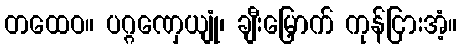
တထေဝ။ ပဂ္ဂဏှေယျုံ၊ ချီးမြှောက် ကုန်ငြားအံ့။